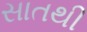
સાતથી